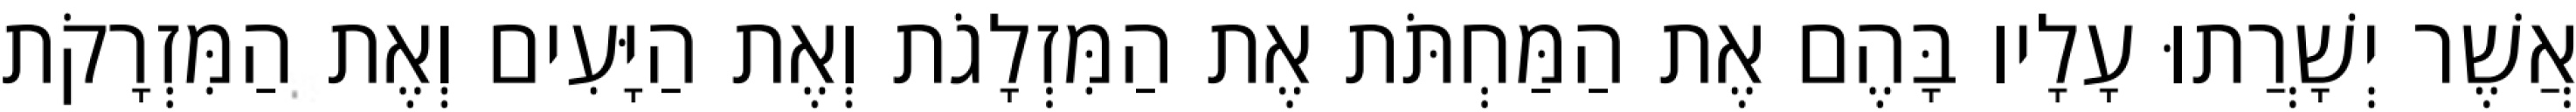
אֲשֶׁר יְשָׁרֲתוּ עָלָיו בָּהֶם אֶת הַמַּחְתֹּת אֶת הַמִּזְלָגֹת וְאֶת הַיָּעִים וְאֶת הַמִּזְרָקֹת